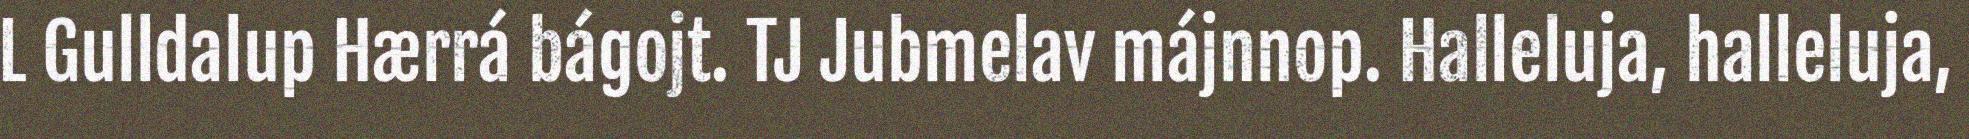
L Gulldalup Hærrá bágojt. TJ Jubmelav májnnop. Halleluja, halleluja,